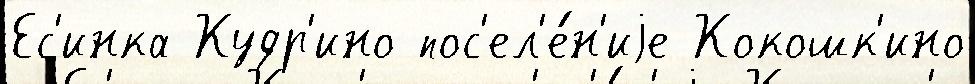
Ес'инка Кудр'ино пос'ел'е́н'иjе Кокошк'ино